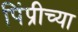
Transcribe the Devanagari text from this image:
पिंप्रीच्या